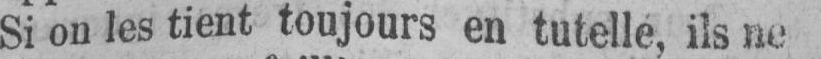
Si on les tient toujours en tutelle, ils ne